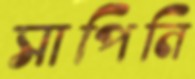
সাপিনি